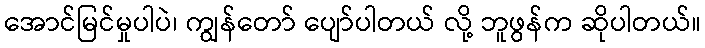
အောင်မြင်မှုပါပဲ၊ ကျွန်တော် ပျော်ပါတယ် လို့ ဘူဖွန်က ဆိုပါတယ်။